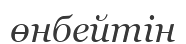
өнбейтін